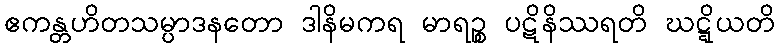
ဧကန္တဟိတသမ္ပာဒနတော ဒါနိမကရ မာရဉ္စ ပဋိနိဿရတိ ဃဋ္ဋိယတိ